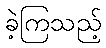
ခဲ့ကြသည့်